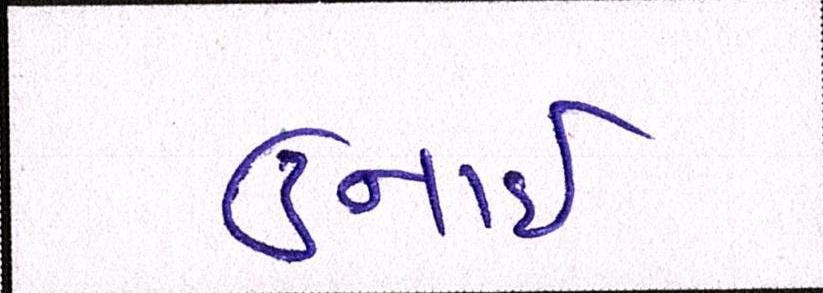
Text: ઉનાઈ